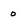
Character: 0